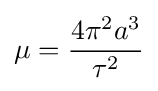
\mu ={\frac {4\pi ^{2}a^{3}}{\tau ^{2}}}